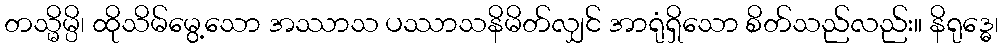
တသ္မိမ္ပိ၊ ထိုသိမ်မွေ့သော အဿာသ ပဿာသနိမိတ်လျှင် အာရုံရှိသော စိတ်သည်လည်း။ နိရုဒ္ဓေ၊